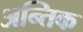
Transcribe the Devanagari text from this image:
अन्तिक